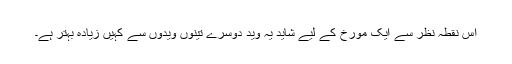
اس نقطہ نظر سے ایک مورخ کے لیے شاید یہ وید دوسرے تینوں ویدوں سے کہیں زیادہ بہتر ہے۔